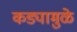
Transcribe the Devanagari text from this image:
कड्यामुळे